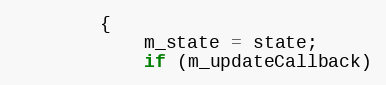
Language: C
        {
            m_state = state;
            if (m_updateCallback)